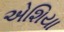
એશિયા